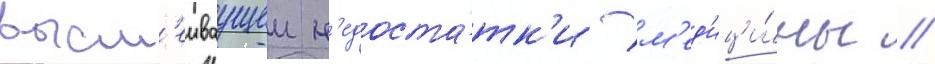
высм'еиваущеи н'едоста́тк'и м'ед'ици́ны //